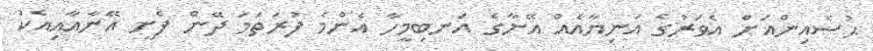
ޙުސެއިންއަށް އެވަރުގެ އަނިޔާއެއް އޭނާގެ އަނބިމީހާ އެންމެ ފުރަތަމަ ދޭން ފެށީ އޭނާއާއިއެކު